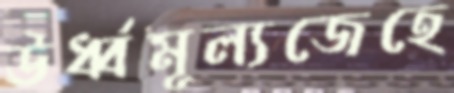
ঊর্ধ্বমূল্যজেহে